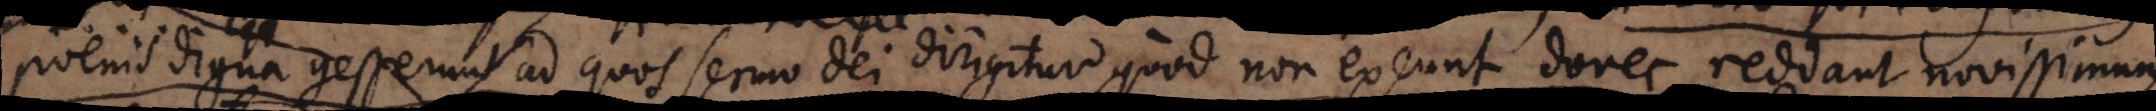
poenis digna gesserunt ad quos sermo Dei dirigitur, quod non exeant donec reddant novissimum